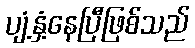
ပျံ့နှံ့နေပြီဖြစ်သည်